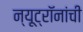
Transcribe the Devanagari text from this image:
न्यूट्रॉनांची